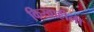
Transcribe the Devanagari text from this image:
किस्वाहीली